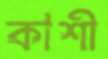
কাশী